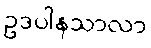
ဥဒပါနသာလာ